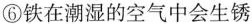
①食盐是白色晶体②氨气有刺激性气味③酒精挥发④酒精易挥发